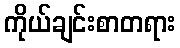
ကိုယ်ချင်းစာတရား